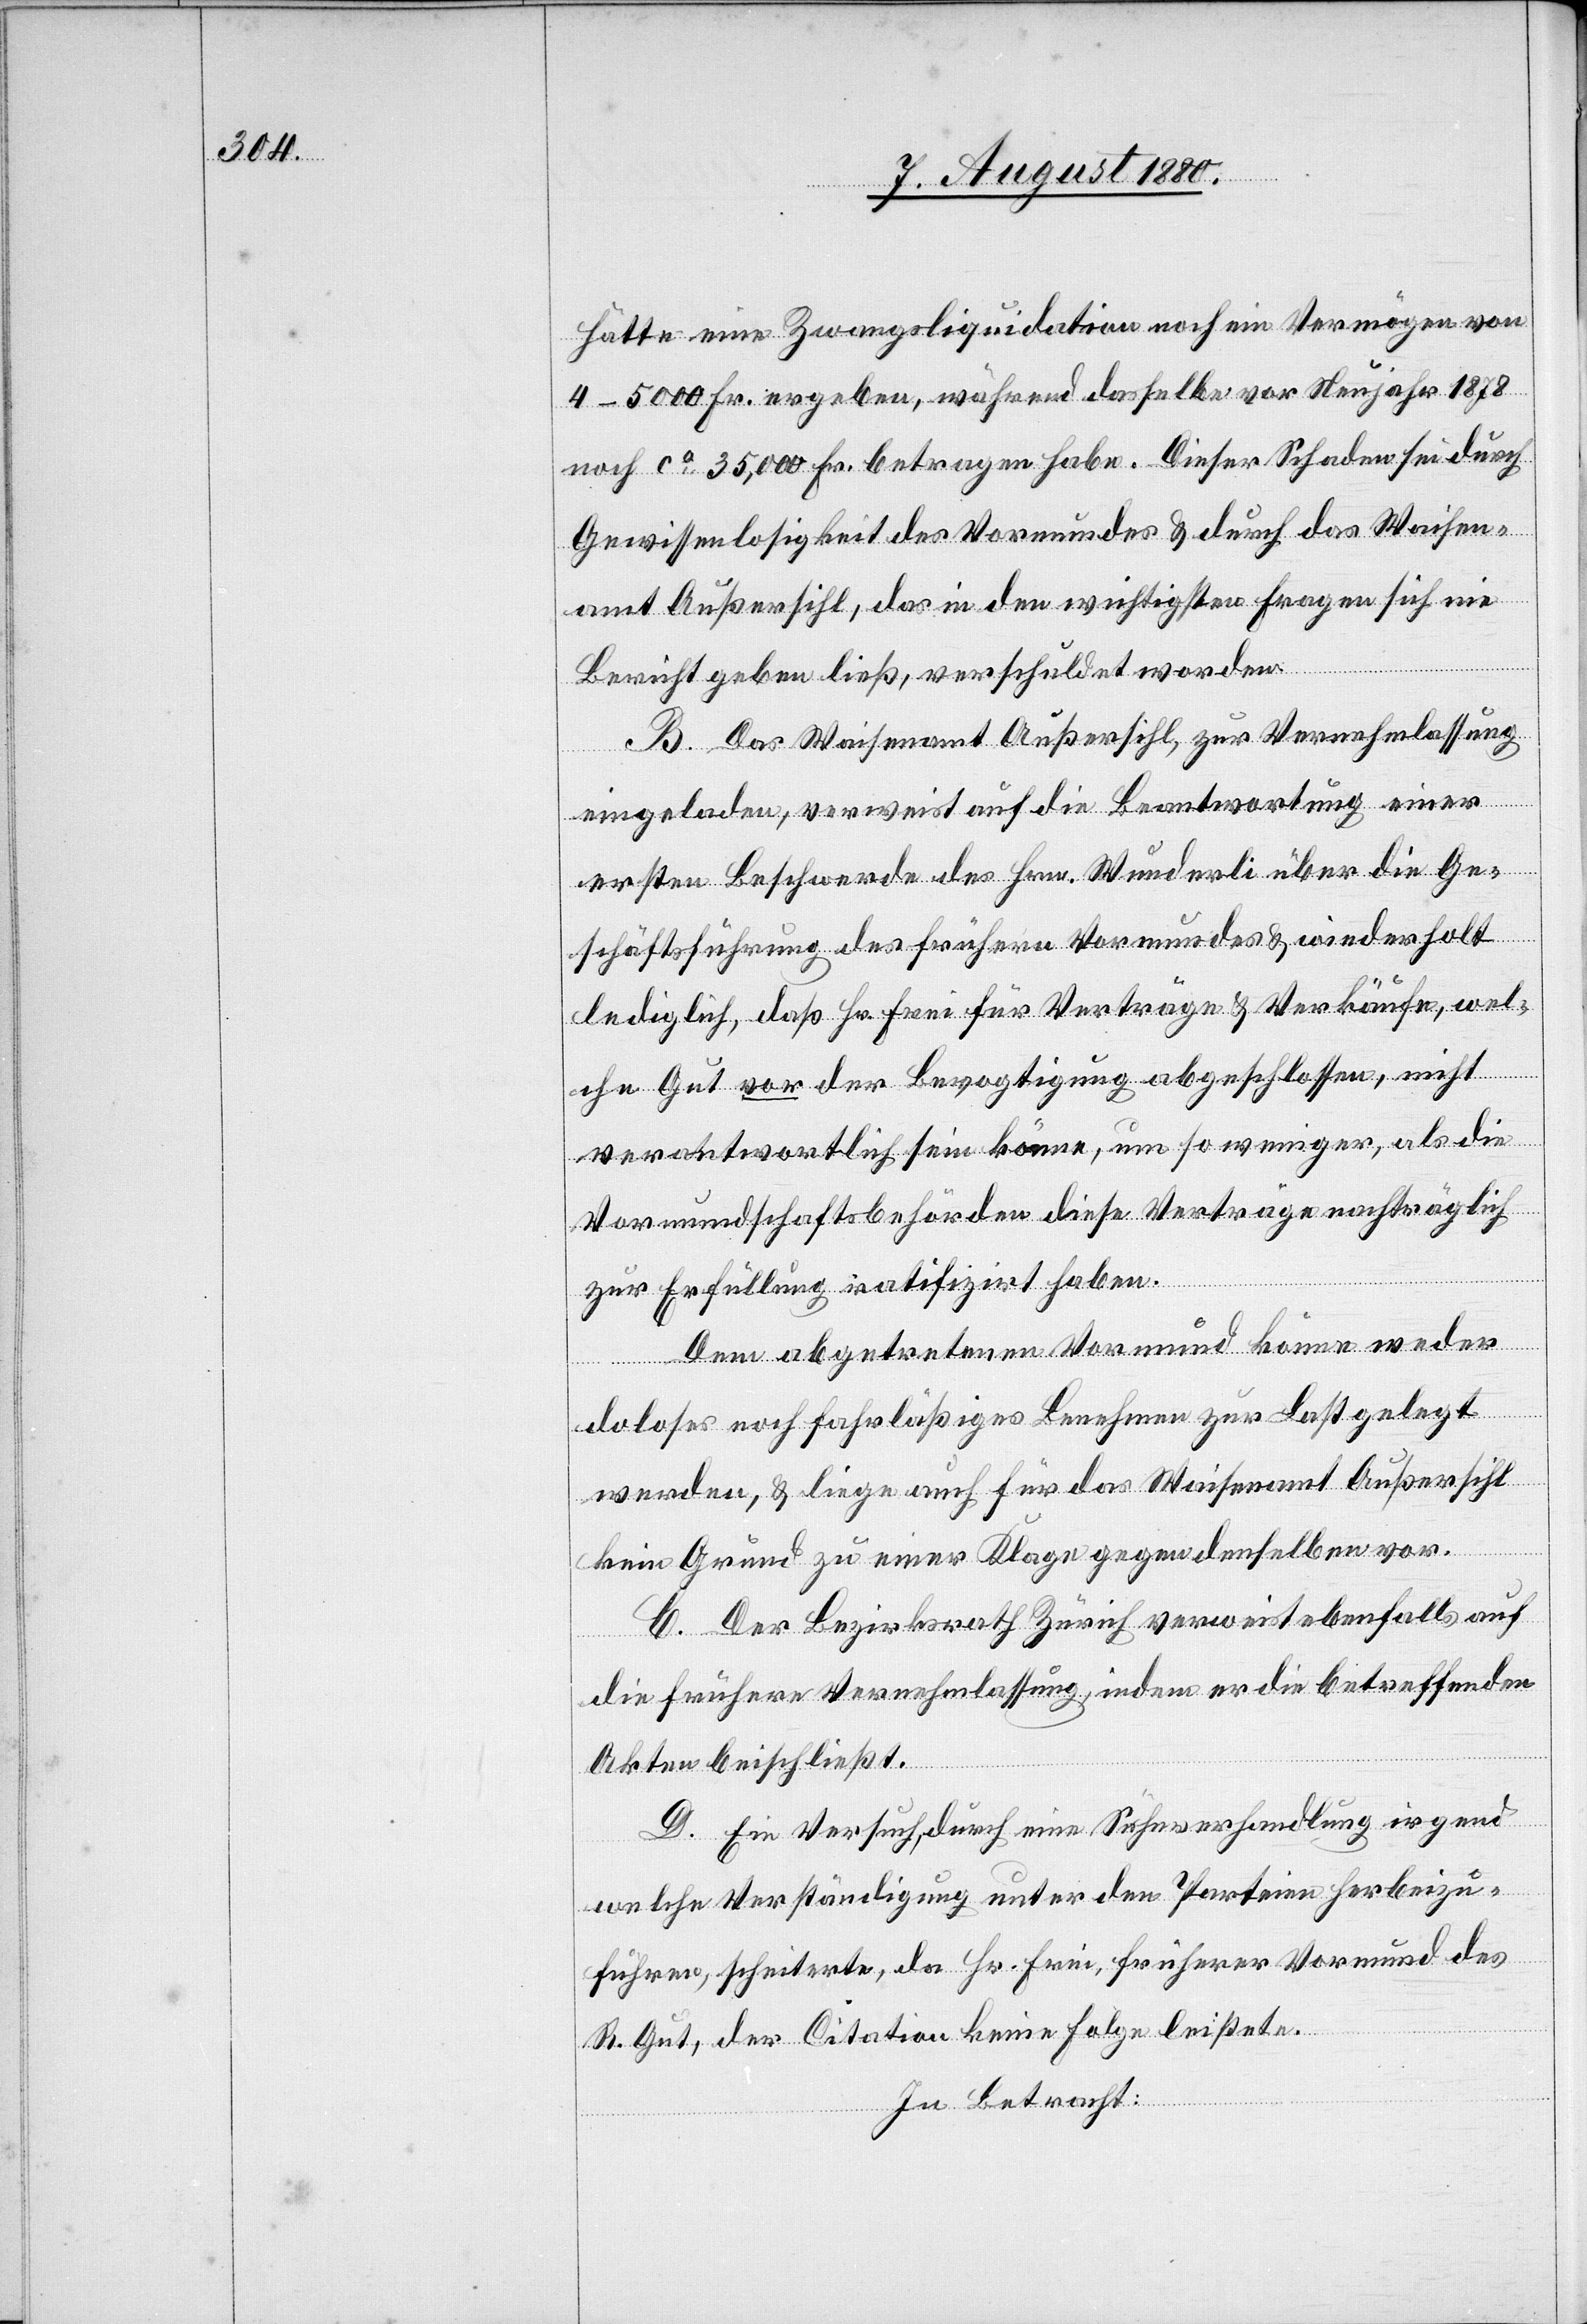
hätte eine Zwangsliquidation noch ein Vermögen von
4–5000 Fr. ergeben, während dasselbe vor Neujahr 1878
noch ca 35,000 Fr. betragen hat. Dieser Schaden sei durch
Gewissenlosigkeit des Vormundes & durch das Waisen¬
amt Außersihl, das in den wichtigsten Fragen sich ein
Bericht geben ließ, verschuldet worden.
B. Das Waisenamt Außersihl, zur Vernehmlassung
eingeladen, verweist auf die Beantwortung einer
ersten Beschwerde des Hrn. Wunderli über die Ge¬
schäftsführung des frühern Vormundes & wederholt
lediglich, daß Hr. Frei für Verträge & Verkäufe, wel¬
che Gut vor der Bevogtigung abgeschlossen, nicht
verantwortlich sein könne, um so weniger, als die
Vormundschafsbehörden diese Verträge nachträglich
zur Erfüllung ratifiziert haben.
Dem abgetretenen Vormund könne weder
doloses noch fahrläßiges Benehmen zur Last gelegt
werden, & liege auch für das Waisenamt Außersihl
kein Grund zu einer Klage gegen denselben vor.
C. Der Bezirksrath Zürich verweist ebenfalls auf
die frühere Vernehmlassung, indem er die betreffenden
Akten beischließt.
D. Ein Versuch, durch eine Sühnverhandlung irgend
welche Verständigung unter den Parteien herbeizu¬
führen, scheiterte, da Hr. Erni, früherer Vormund des
R. Gut, der Citation keine Folge leistete.
In Betracht: